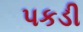
પકડી